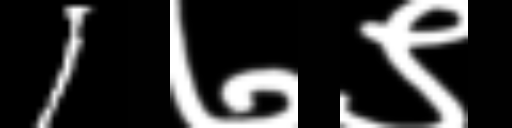
Text: 1७९